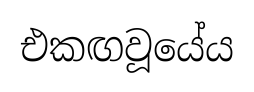
එකඟවූයේය